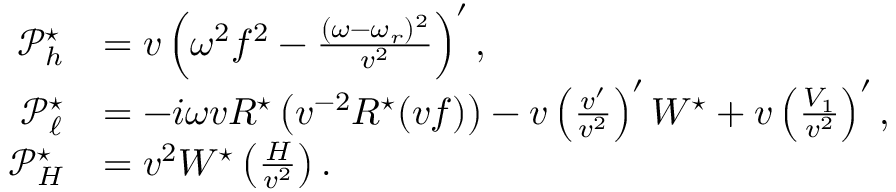
\begin{array} { r l } { \mathcal { P } _ { h } ^ { \star } } & { = v \left( \omega ^ { 2 } f ^ { 2 } - \frac { ( \omega - \omega _ { r } ) ^ { 2 } } { v ^ { 2 } } \right) ^ { \prime } , } \\ { \mathcal { P } _ { \ell } ^ { \star } } & { = - i \omega v R ^ { \star } \left( v ^ { - 2 } R ^ { \star } ( v f ) \right) - v \left( \frac { v ^ { \prime } } { v ^ { 2 } } \right) ^ { \prime } W ^ { \star } + v \left( \frac { V _ { 1 } } { v ^ { 2 } } \right) ^ { \prime } , } \\ { \mathcal { P } _ { H } ^ { \star } } & { = v ^ { 2 } W ^ { \star } \left( \frac { H } { v ^ { 2 } } \right) . } \end{array}